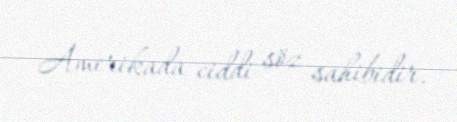
Amerikada ciddi söz sahibidir.